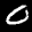
Label: 0